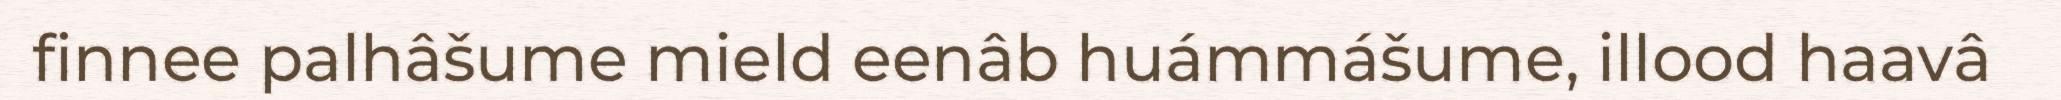
finnee palhâšume mield eenâb huámmášume, illood haavâ